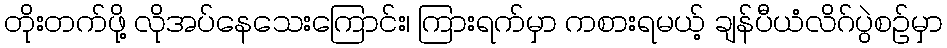
တိုးတက်ဖို့ လိုအပ်နေသေးကြောင်း၊ ကြားရက်မှာ ကစားရမယ့် ချန်ပီယံလိဂ်ပွဲစဉ်မှာ